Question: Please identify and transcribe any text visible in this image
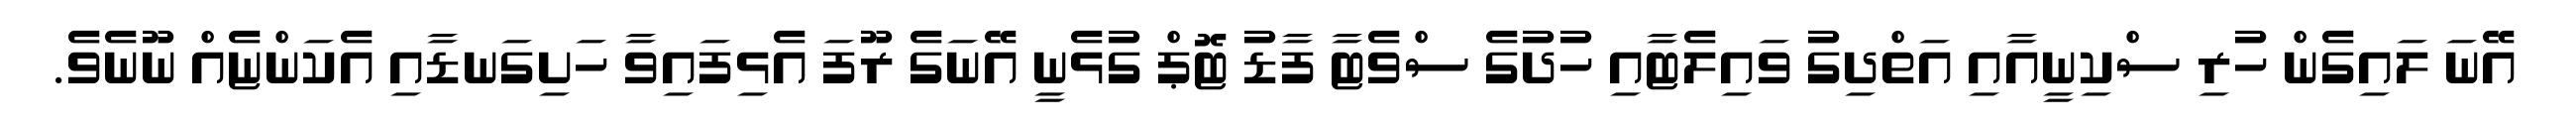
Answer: އޭނަ ލައިގެން ހުރި ސްކިނީއާއި އަތްދިގު ވައިލެޓާއި ހުދުގެ ސްވެޓާ ފާޑު ޓޮޕް ގުޅެނީ އޭނަގެ ރޫފަ އެޅިފައިވާ ހަށިގަނޑާއި އެކަންޏެއް ނޫނެވެ.